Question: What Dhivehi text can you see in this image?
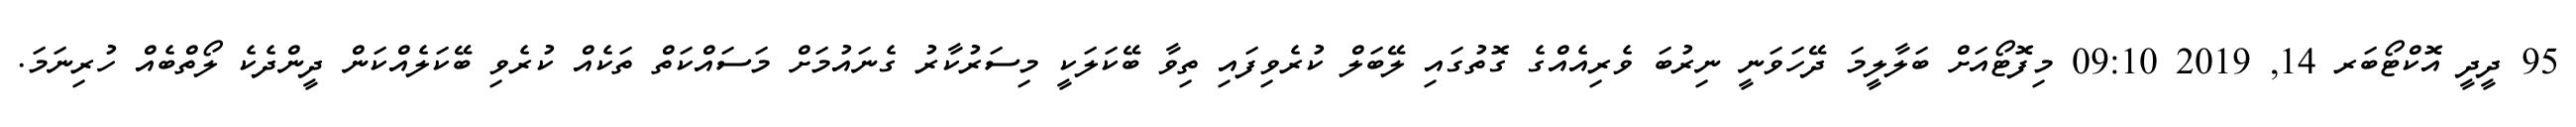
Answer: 95 ދީދީ އޮކްޓޯބަރ 14, 2019 09:10 މިފޮޓޯއަށް ބަލާލީމަ ދޭހަވަނީ ނިރުބަ ވެރިއެއްގެ ގޮތުގައި ލޭބަލް ކުރެވިފައި ތިވާ ބޭކަލަކީ މިސަރުކާރު ގެނައުމަށް މަސައްކަތް ތަކެއް ކުރެވި ބޭކަލެއްކަން ދީންދެކެ ލޯތްބެއް ހުރިނަމަ.